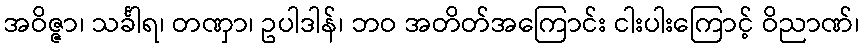
အဝိဇ္ဇာ၊ သင်္ခါရ၊ တဏှာ၊ ဥပါဒါန်၊ ဘဝ အတိတ်အကြောင်း ငါးပါးကြောင့် ဝိညာဏ်၊